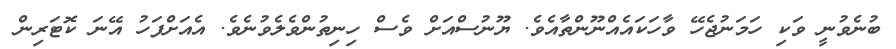
ބުނެވުނީ ވަކި ހަމަނުޖެހޭ ވާހަކައެއްނޫންތާއެވެ. ޔޫނުސްއަށް ވެސް ހިނިތުންވެލެވުނެވެ. އެއަށްފަހު އޭނަ ކޮޓަރިން